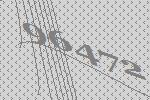
96472